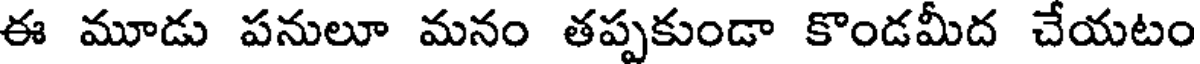
ఈ మూడు పనులూ మనం తప్పకుండా కొండమీద చేయటం